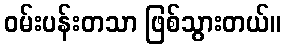
ဝမ်းပန်းတသာ ဖြစ်သွားတယ်။